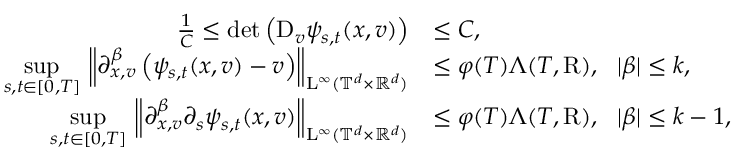
\begin{array} { r l } { \frac { 1 } { C } \leq \mathrm { d e t } \left( \mathrm { D } _ { v } \psi _ { s , t } ( x , v ) \right) } & { \leq C , } \\ { \underset { s , t \in [ 0 , T ] } { \operatorname* { s u p } } \, \left\Vert \partial _ { x , v } ^ { \beta } \left( \psi _ { s , t } ( x , v ) - v \right) \right\Vert _ { \mathrm { L } ^ { \infty } ( \mathbb T ^ { d } \times \mathbb R ^ { d } ) } } & { \leq \varphi ( T ) \Lambda ( T , \mathrm { R } ) , \ \ \vert \beta \vert \leq k , } \\ { \underset { s , t \in [ 0 , T ] } { \operatorname* { s u p } } \, \left\Vert \partial _ { x , v } ^ { \beta } \partial _ { s } \psi _ { s , t } ( x , v ) \right\Vert _ { \mathrm { L } ^ { \infty } ( \mathbb T ^ { d } \times \mathbb R ^ { d } ) } } & { \leq \varphi ( T ) \Lambda ( T , \mathrm { R } ) , \ \ \vert \beta \vert \leq k - 1 , } \end{array}